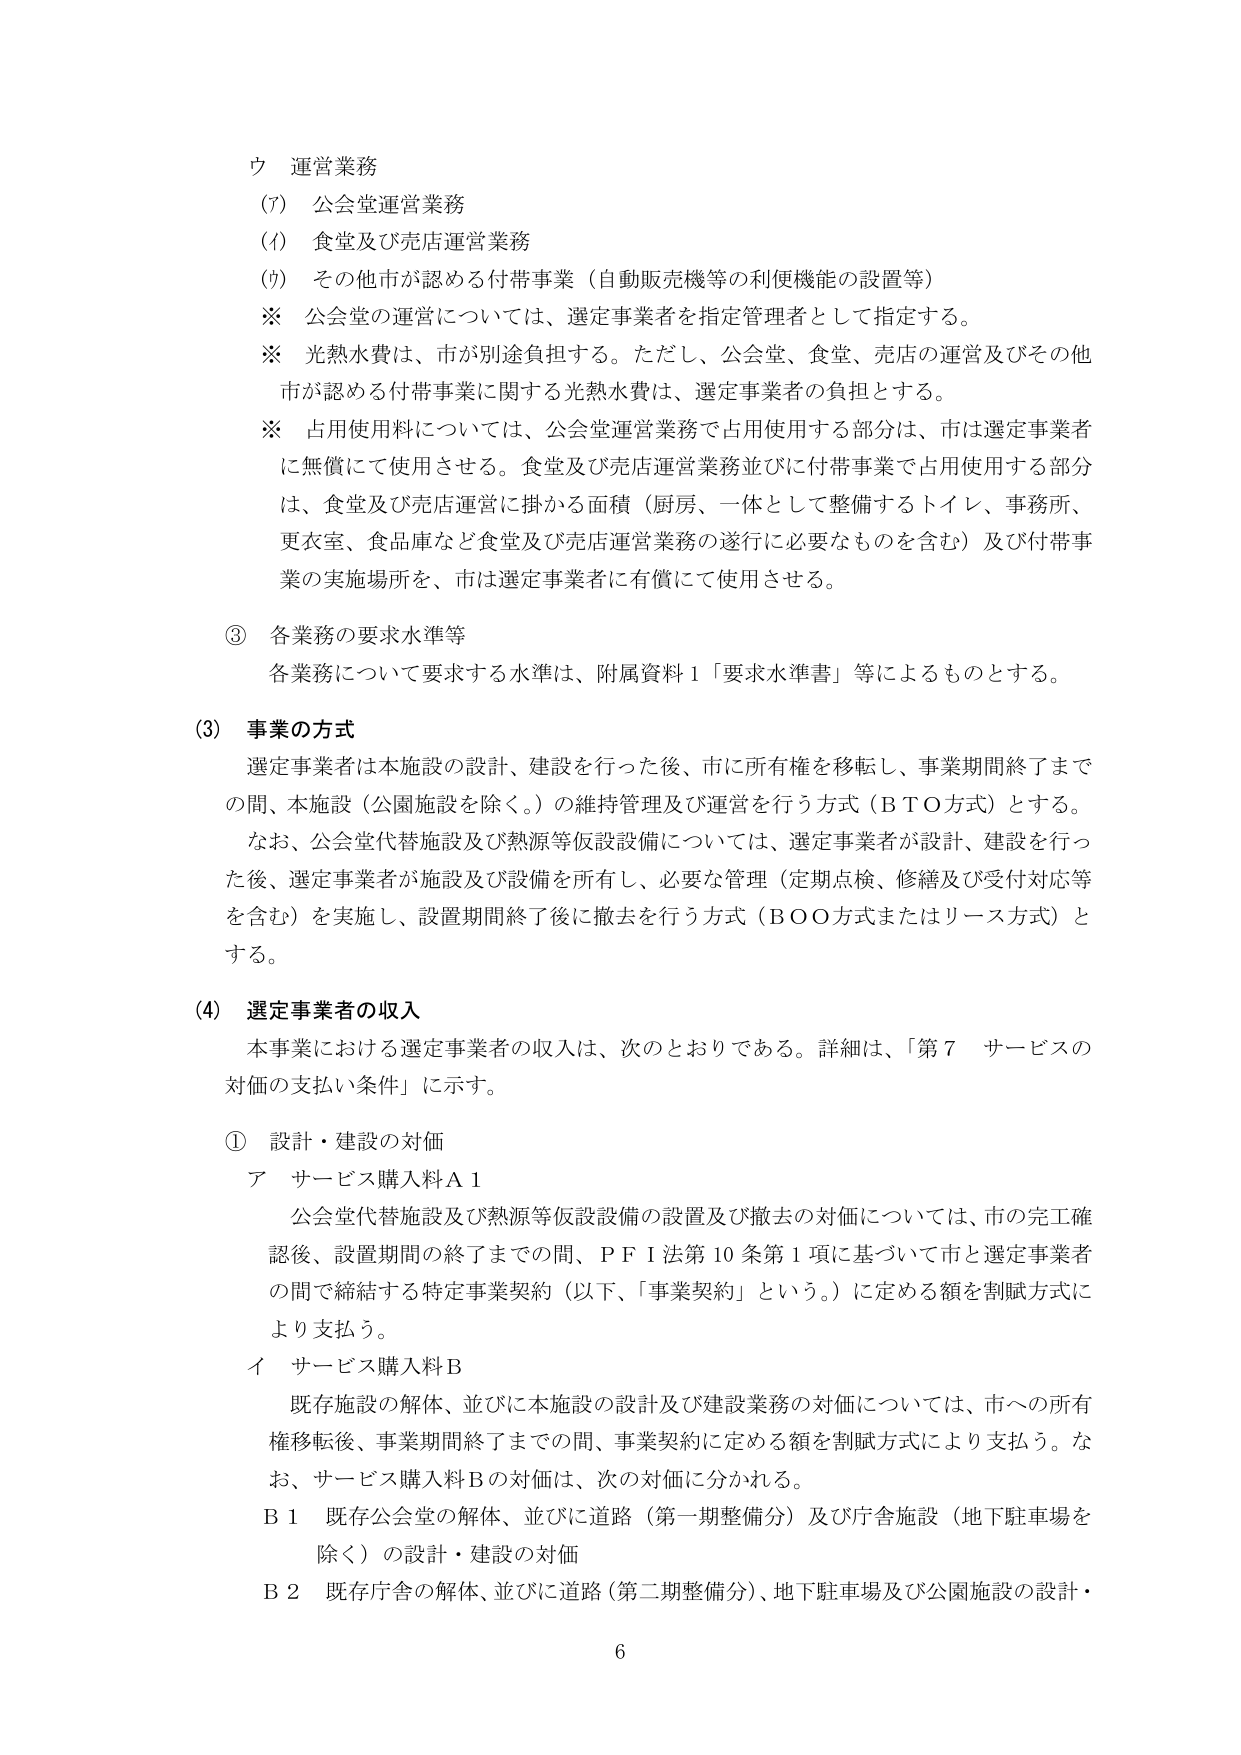
ウ 運営業務
(7) 公会堂運営業務
(4) 食堂及び売店運営業務
(9) その他市が認める付帯事業（自動販売機等の利便機能の設置等）
※ 公会堂の運営については、選定事業者を指定管理者として指定する。
※ 光熱水費は、市が別途負担する。ただし、公会堂、食堂、売店の運営及びその他市が認める付帯事業に関する光熱水費は、選定事業者の負担とする。
※ 占用使用料については、公会堂運営業務で占用使用する部分は、市は選定事業者に無償にて使用させる。食堂及び売店運営業務並びに付帯事業で占用使用する部分は、食堂及び売店運営に掛かる面積（厨房、一体として整備するトイレ、事務所、更衣室、食品庫など食堂及び売店運営業務の遂行に必要なものを含む）及び付帯事業の実施場所を、市は選定事業者に有償にて使用させる。

③ 各業務の要求水準等
各業務について要求する水準は、附属資料1「要求水準書」等によるものとする。

(3) 事業の方式
選定事業者は本施設の設計、建設を行った後、市に所有権を移転し、事業期間終了までの間、本施設（公園施設を除く。）の維持管理及び運営を行う方式（BTO方式）とする。
なお、公会堂代替施設及び熱源等仮設設備については、選定事業者が設計、建設を行った後、選定事業者が施設及び設備を所有し、必要な管理（定期点検、修繕及び受付対応等を含む）を実施し、設置期間終了後に撤去を行う方式（BOO方式またはリース方式）とする。

(4) 選定事業者の収入
本事業における選定事業者の収入は、次のとおりである。詳細は、「第7 サービスの対価の支払い条件」に示す。

① 設計・建設の対価
ア サービス購入料A1
公会堂代替施設及び熱源等仮設設備の設置及び撤去の対価については、市の完工確認後、設置期間の終了までの間、PFI法第10条第1項に基づいて市と選定事業者の間で締結する特定事業契約（以下、「事業契約」という。）に定める額を割賦方式により支払う。
イ サービス購入料B
既存施設の解体、並びに本施設の設計及び建設業務の対価については、市への所有権移転後、事業期間終了までの間、事業契約に定める額を割賦方式により支払う。なお、サービス購入料Bの対価は、次の対価に分かれる。
B1 既存公会堂の解体、並びに道路（第一期整備分）及び庁舎施設（地下駐車場を除く）の設計・建設の対価
B2 既存庁舎の解体、並びに道路（第二期整備分）、地下駐車場及び公園施設の設計・

6